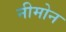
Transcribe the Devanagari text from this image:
नीमोन